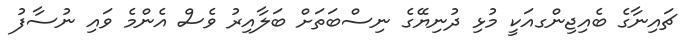
ޗައިނާގެ ބެއިޖިންގއަކީ މުޅި ދުނިޔޭގެ ނިސްބަތަށް ބަލާއިރު ވެސް އެންމެ ވައި ނުސާފު